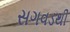
સગવડથી